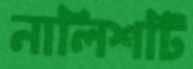
নালিশটি